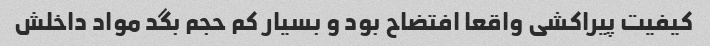
کیفیت پیراکشی واقعا افتضاح بود و بسیار کم حجم بگد مواد داخلش